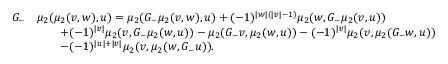
\begin{array} { r l } { G _ { - } } & { \mu _ { 2 } ( \mu _ { 2 } ( v , w ) , u ) = \mu _ { 2 } ( G _ { - } \mu _ { 2 } ( v , w ) , u ) + ( - 1 ) ^ { | w | ( | v | - 1 ) } \mu _ { 2 } ( w , G _ { - } \mu _ { 2 } ( v , u ) ) } \\ & { \qquad + ( - 1 ) ^ { | v | } \mu _ { 2 } ( v , G _ { - } \mu _ { 2 } ( w , u ) ) - \mu _ { 2 } ( G _ { - } v , \mu _ { 2 } ( w , u ) ) - ( - 1 ) ^ { | v | } \mu _ { 2 } ( v , \mu _ { 2 } ( G _ { - } w , u ) ) } \\ & { \qquad - ( - 1 ) ^ { | u | + | v | } \mu _ { 2 } ( v , \mu _ { 2 } ( w , G _ { - } u ) ) . } \end{array}